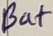
Text: Bat